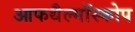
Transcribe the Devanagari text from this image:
आफथैल्मॉस्कोप